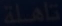
نامه